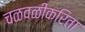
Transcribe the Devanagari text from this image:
चळवळींकरिता